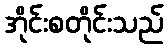
အိုင်းစတိုင်းသည်